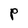
Character: P